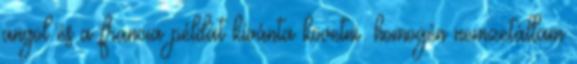
angol és a francia példát kívánta követni: homogén nemzetállam